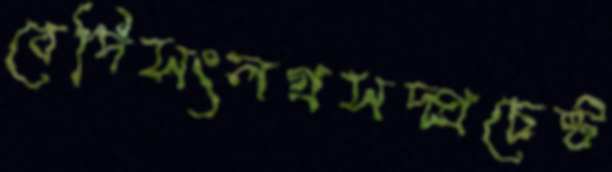
বেদিসংলগ্নসদ্প্রচেষ্ট